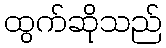
ထွက်ဆိုသည်